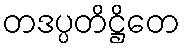
တဒပ္ပတိဋ္ဌိတေ